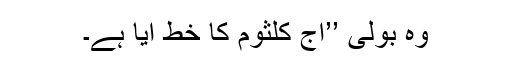
وہ بولی ’’آج کلثوم کا خط آیا ہے۔